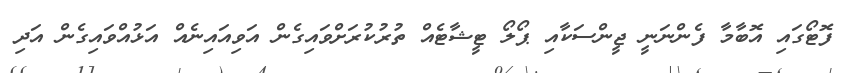
ފޮޓޯގައި އޮބާމާ ފެންނަނީ ޖީންސަކާއި ޕޯލޯ ޓީޝާޓެއް ތުރުކުރަށްވައިގެން އަވިއައިނެއް އަޅުއްވައިގެން އަދި